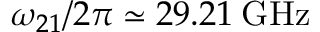
\omega _ { 2 1 } / 2 \pi \simeq 2 9 . 2 1 \: \mathrm { G H z }